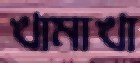
খামাখা